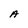
Character: A